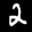
Label: 2